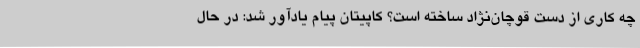
چه کاری از دست قوچان‌نژاد ساخته است؟ کاپیتان پیام یادآور شد: در حال